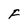
Character: F